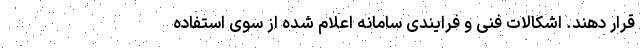
قرار دهند. اشکالات فنی و فرایندی سامانه اعلام شده از سوی استفاده